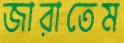
জারাতেম